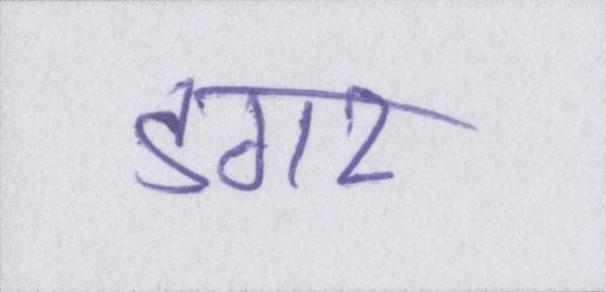
डगर